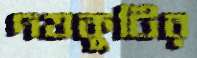
দত্তকুটির